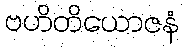
ဗဟိတိယောဇနံ